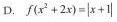
D. $$f ( x ^ { 2 } + 2 x ) = \left | x + 1 \right |$$